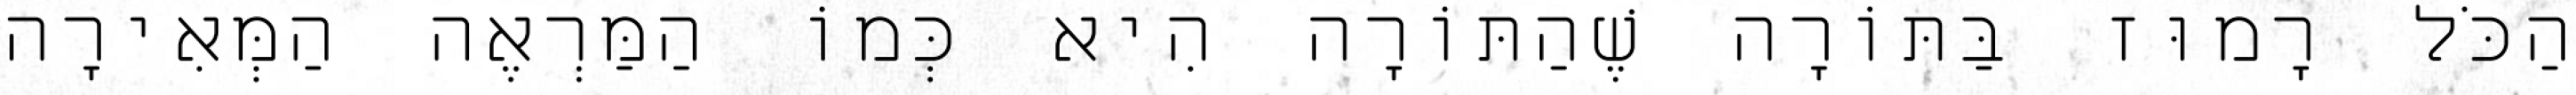
הַכֹּל רָמוּז בַּתּוֹרָה שֶׁהַתּוֹרָה הִיא כְּמוֹ הַמַּרְאֶה הַמְּאִירָה